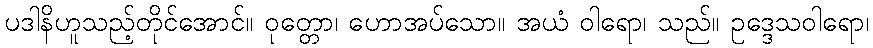
ပဒါနိဟူသည့်တိုင်အောင်။ ဝုတ္တော၊ ဟောအပ်သော။ အယံ ဝါရော၊ သည်။ ဥဒ္ဒေသဝါရော၊